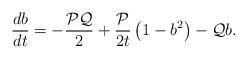
LaTeX: \begin{align*}\frac{db}{dt}=-\frac{\mathcal{P}\mathcal{Q}}{2}+\frac{\mathcal{P}}{2t}\left(1-b^2\right)-\mathcal{Q}b.\end{align*}